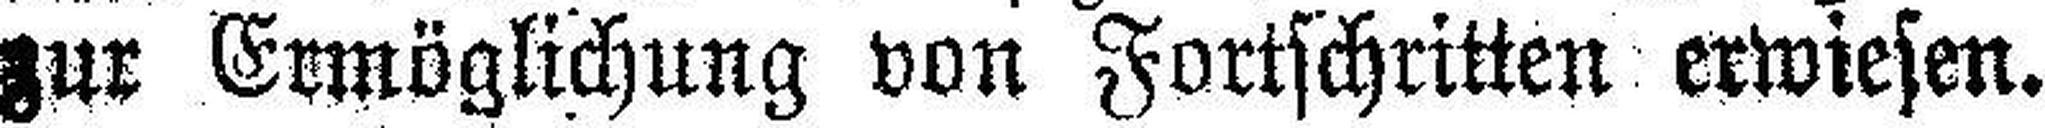
zur Ermöglichung von Fortschritten erwiesen.